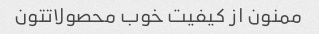
ممنون از کیفیت خوب محصولاتتون